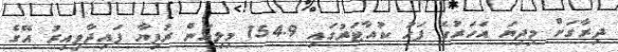
ދިރާގަށް މިދިޔަ އަހަރުގެ ފަހު ކުއާޓަރުގައި 154.9 މިލިއަން ރުފިޔާ ފައިދާވިއިރު އޭގެ